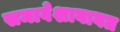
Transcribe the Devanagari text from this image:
समावेशाबाबत